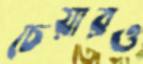
চেয়ারও